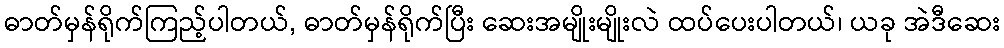
ဓာတ်မှန်ရိုက်ကြည့်ပါတယ်, ဓာတ်မှန်ရိုက်ပြီး ဆေးအမျိုးမျိုးလဲ ထပ်ပေးပါတယ်၊ ယခု အဲဒီဆေး